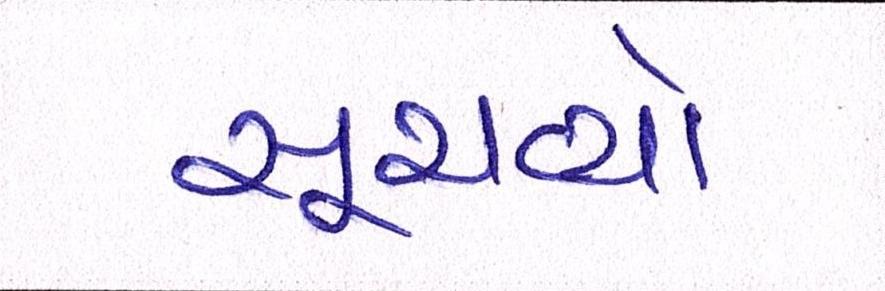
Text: સૂચવ્યો